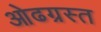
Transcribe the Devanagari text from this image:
ओढग्रस्त